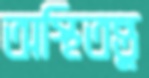
অস্থিতন্তু